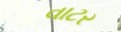
વાટર